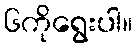
၆ကိုရွေးပါ။